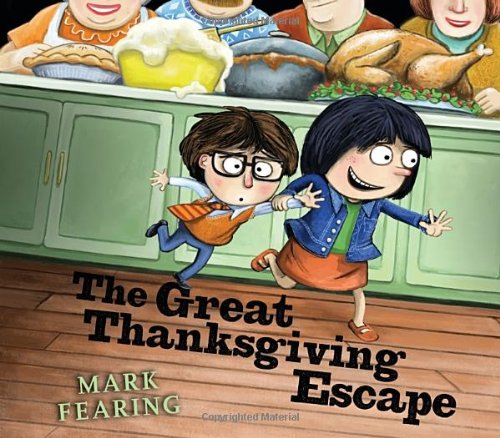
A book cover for The Great Thanksgiving Escape; Mark Fearing; Children's Books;